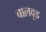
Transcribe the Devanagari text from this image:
वालवूड